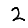
Digit: 2